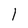
Character: l